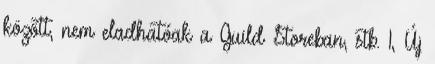
között, nem eladhatóak a Guild Storeban, stb. 1, Új